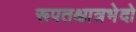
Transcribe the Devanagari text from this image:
रूपतश्चात्रभेदो